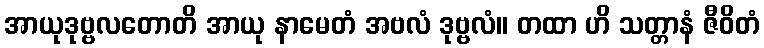
အာယုဒုဗ္ဗလတောတိ အာယု နာမေတံ အဗလံ ဒုဗ္ဗလံ။ တထာ ဟိ သတ္တာနံ ဇီဝိတံ